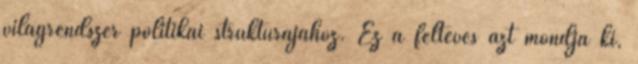
világrendszer politikai struktúrájához. Ez a feltevés azt mondja ki,